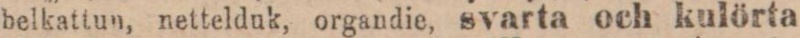
belkattun, nettelduk, organdie, svarta och kulörta